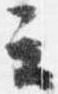
云